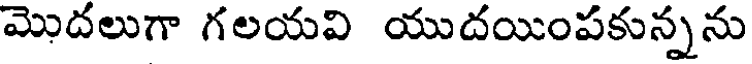
మొదలుగా గలయవి యుదయింపకున్నను